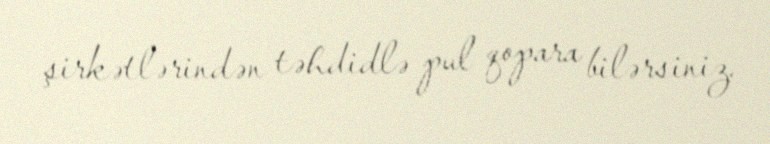
şirkətlərindən təhdidlə pul qopara bilərsiniz.